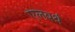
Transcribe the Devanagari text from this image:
एलबर्थ